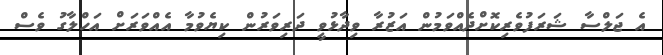
އެ ޖަލްސާ ޝަރަފުވެރިކޮށްދެއްވަމުން އަޒުރާ ވިދާޅުވީ ދަރިވަރުން ކިޔެވުމާ އެއްވަރަށް އަހްލާގު ވެސް